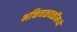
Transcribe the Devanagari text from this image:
भक्तिचळवळींमध्ये